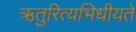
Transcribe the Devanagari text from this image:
ऋतुरित्यभिधीयते